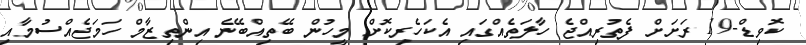
ކޮވިޑް-19 ރަށަށް ފެތުރިއްޖެ ހާލަތެއްގައި އެކަހެރިކޮށް މީހުން ބޭތިއްބޭނެ އިންތިޒާމް ހަމަޖެއްސުމާއި